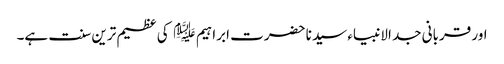
اور قربانی جد الانبیاء سیدنا حضرت ابراہیم ﷤ کی عظیم ترین سنت ہے۔